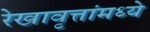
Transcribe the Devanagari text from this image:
रेखावृत्तांमध्ये